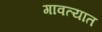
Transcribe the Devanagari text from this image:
गावत्यात